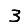
Digit: 3